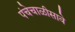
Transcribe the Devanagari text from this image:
पंचेचाळीसावे